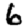
Digit: 6